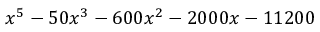
x ^ { 5 } - 5 0 x ^ { 3 } - 6 0 0 x ^ { 2 } - 2 0 0 0 x - 1 1 2 0 0